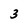
Character: 3